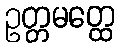
ဥတ္တမတ္ထေ